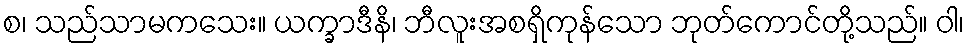
စ၊ သည်သာမကသေး။ ယက္ခာဒီနိ၊ ဘီလူးအစရှိကုန်သော ဘုတ်ကောင်တို့သည်။ ဝါ၊